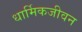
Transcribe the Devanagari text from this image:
धार्मिकजीवन